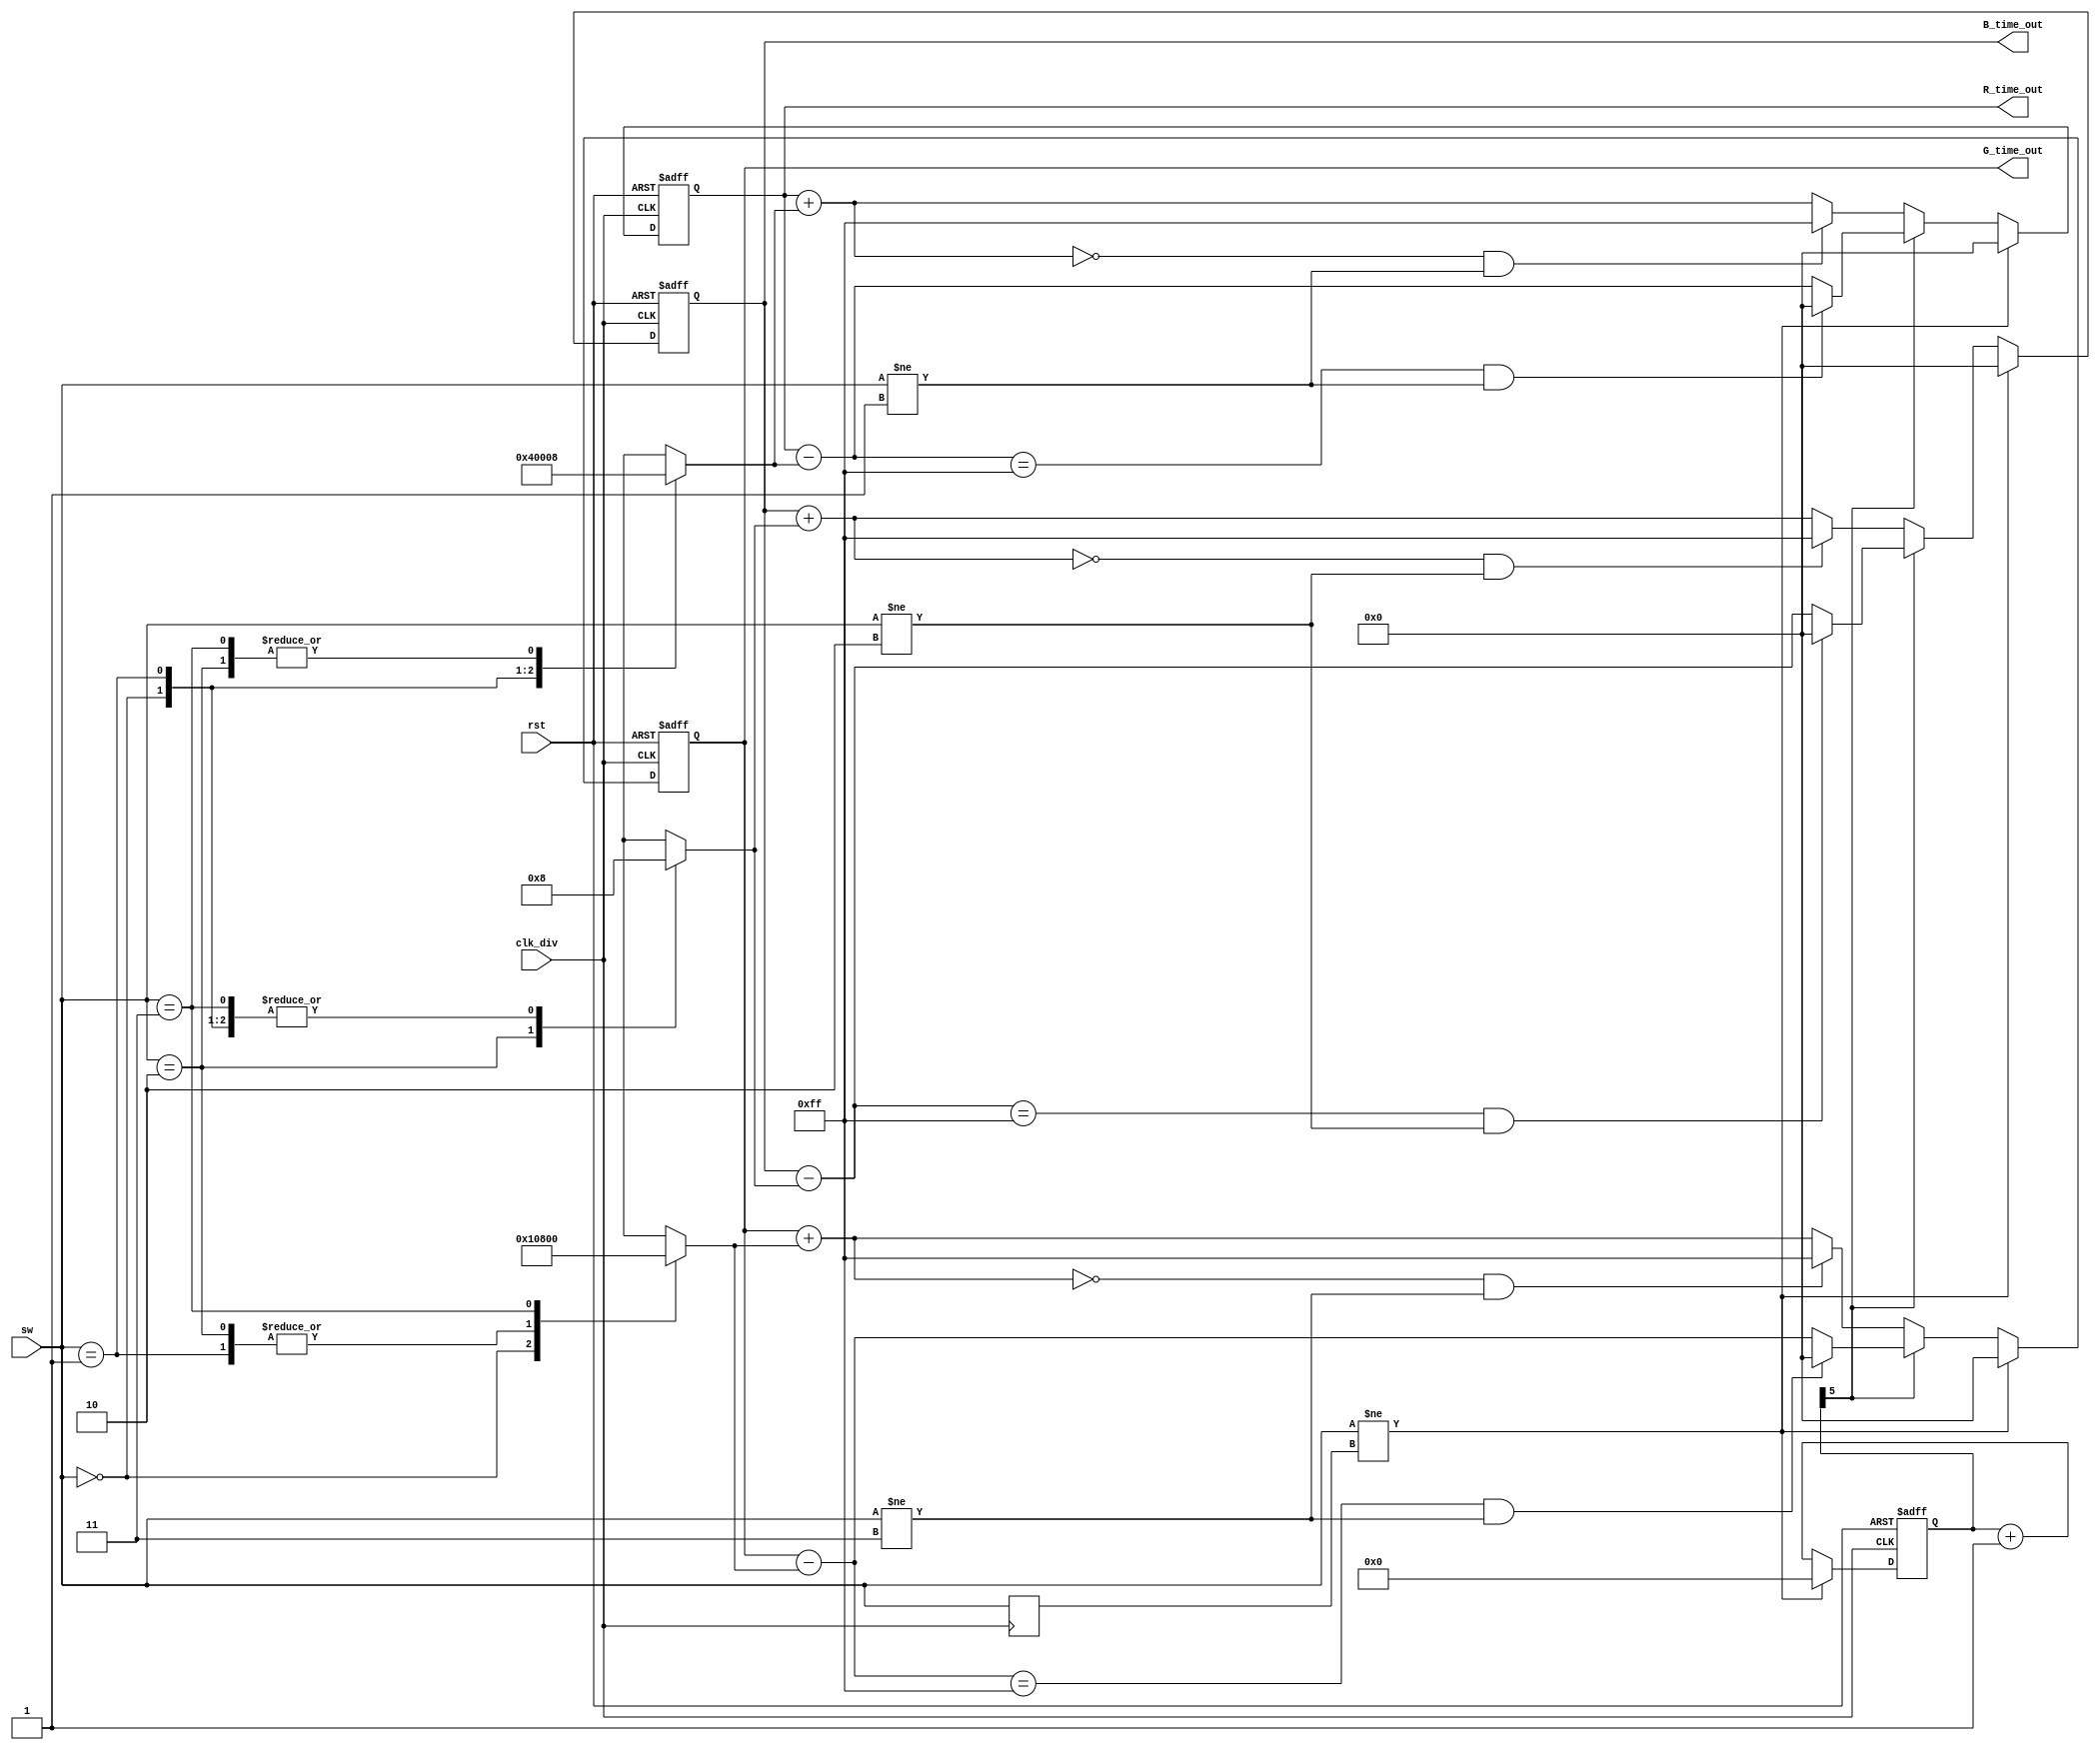
module PWM_Decoder5 (
  input clk_div, 
  input rst,
  input  [1:0] sw,
  //input  [1:0] sw_reg,
  output reg [7:0] R_time_out,
  output reg [7:0] G_time_out,
  output reg [7:0] B_time_out
);


reg [7:0] R_time_out_coef;
reg [7:0] G_time_out_coef;
reg [7:0] B_time_out_coef;

reg [5:0] counter, next_counter;

reg [1:0] sw_reg;

reg [1:0] sw_reg;
always @(posedge clk_div) begin
  sw_reg <= sw;
end

always @(posedge clk_div or posedge rst) begin
  if(rst) begin
      counter <= 6'd0;
  end
  else if(sw != sw_reg) begin
    counter <= 6'd0;
  end
  else begin
      counter <= next_counter;
  end
end

always @(posedge clk_div or posedge rst) begin
  if(rst) begin
    R_time_out <= 8'd0;
    G_time_out <= 8'd0;
    B_time_out <= 8'd0;
  end
  else if(sw != sw_reg) begin
    R_time_out <= 8'd0;
    G_time_out <= 8'd0;
    B_time_out <= 8'd0;
  end
  else if(counter[5] == 1'b0) begin
    R_time_out <= (R_time_out + R_time_out_coef == 8'h0)  && (sw!=2'b01) ? 8'hff : R_time_out + R_time_out_coef;
    G_time_out <= (G_time_out + G_time_out_coef == 8'h0)  && (sw!=2'b11) ? 8'hff : G_time_out + G_time_out_coef;
    B_time_out <= (B_time_out + B_time_out_coef == 8'h0)  && (sw!=2'b10) ? 8'hff : B_time_out + B_time_out_coef;
  end
  else if(counter[5] == 1'b1) begin
    R_time_out <= (R_time_out - R_time_out_coef == 8'hff) && (sw!=2'b01) ? 8'h0 : R_time_out - R_time_out_coef;
    G_time_out <= (G_time_out - G_time_out_coef == 8'hff) && (sw!=2'b11) ? 8'h0 : G_time_out - G_time_out_coef;
    B_time_out <= (B_time_out - B_time_out_coef == 8'hff) && (sw!=2'b10) ? 8'h0 : B_time_out - B_time_out_coef;
  end
end

always @(*) begin
  next_counter = counter + 6'd1;
end

  always @ ( * ) begin
    case (sw)
      2'b00: begin
        R_time_out_coef = 8'h4;
        G_time_out_coef = 8'h1;
        B_time_out_coef = 8'h8;
      end
      2'b01: begin
        R_time_out_coef = 8'h0;
        G_time_out_coef = 8'h8;
        B_time_out_coef = 8'h8;
      end
      2'b10: begin
        R_time_out_coef = 8'h8;
        G_time_out_coef = 8'h8;
        B_time_out_coef = 8'h0;
      end
      2'b11: begin
        R_time_out_coef = 8'h8;
        G_time_out_coef = 8'h0;
        B_time_out_coef = 8'h8;
      end
    endcase
  end

endmodule